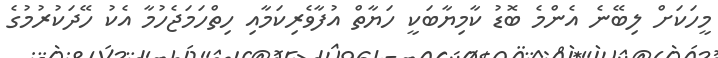
މީހަކަށް ލިބޭނެ އެންމެ ބޮޑު ކާމިޔާބަކީ ހަޔާތް އުފާވެރިކަމާއި ހިތްހަމަޖެހުމާ އެކު ހޭދަކުރުމުގެ